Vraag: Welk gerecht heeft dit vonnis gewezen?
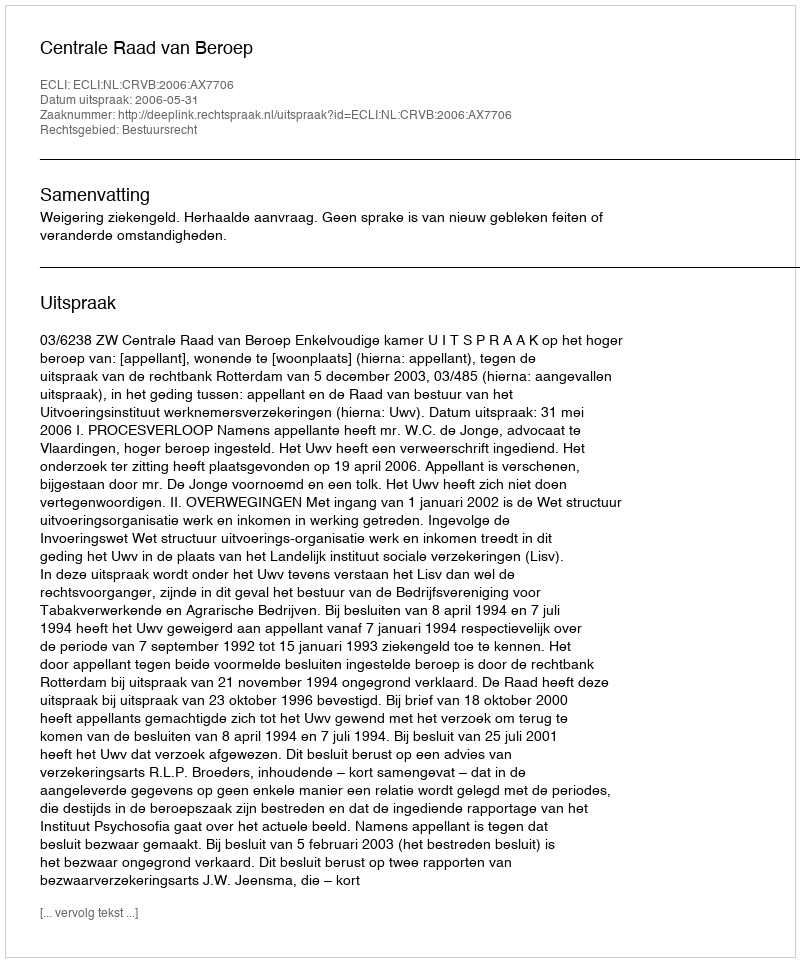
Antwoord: Centrale Raad van Beroep